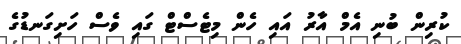
ކުރިން ބުނި އެމް އާރު އައި ހެން މިޓެސްޓް ގައި ވެސް ހަށިގަނޑުގެ